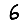
Digit: 6